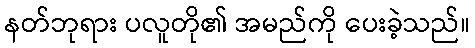
နတ်ဘုရား ပလူတို၏ အမည်ကို ပေးခဲ့သည်။